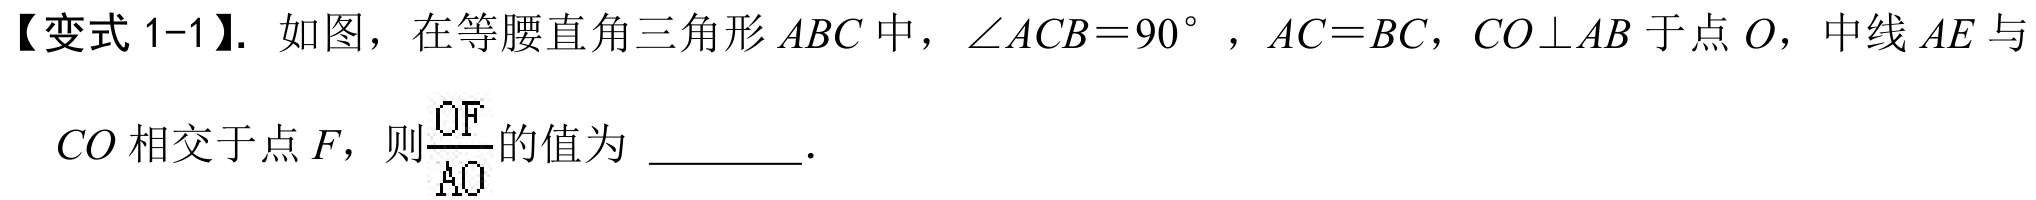
【变式 1-1】. 如图，在等腰直角三角形\(ABC\)中，\(\angle ACB = 90^{\circ}\)，\(AC = BC\)，\(CO\perp AB\)于点\(O\)，中线\(AE\)与\(CO\)相交于点\(F\)，则\(\frac{OF}{AO}\)的值为 \_\_\_\_\_．